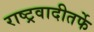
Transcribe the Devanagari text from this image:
राष्ट्रवादीतर्फे